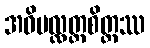
အဝိပလ္လတ္ထစိတ္တဿ